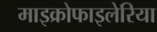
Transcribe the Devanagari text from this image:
माइक्रोफाइलेरिया